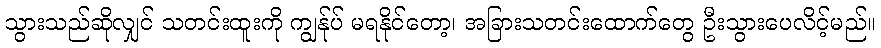
သွားသည်ဆိုလျှင် သတင်းထူးကို ကျွန်ုပ် မရနိုင်တော့၊ အခြားသတင်းထောက်တွေ ဦးသွားပေလိင့်မည်။